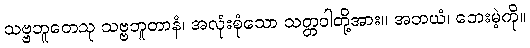
သဗ္ဗဘူတေသု သဗ္ဗဘူတာနံ၊ အလုံးစုံသော သတ္တဝါတို့အား။ အဘယံ၊ ဘေးမဲ့ကို။